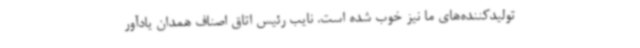
تولیدکننده‌های ما نیز خوب شده است. نایب رئیس اتاق اصناف همدان یادآور